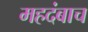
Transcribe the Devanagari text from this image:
महदंबाच